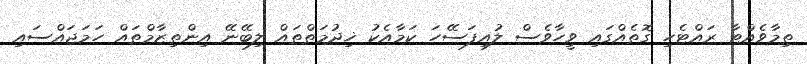
ތިމާވެއްޓާ ރައްޓެހި ގޮތެއްގައި ވީހާވެސް ލުއިފަސޭހަ ކަމާއެކު ޚިދުމަތްތައް ލިބޭނޭ އިންތިޒާމްތައް ހަމަޖައްސައި